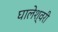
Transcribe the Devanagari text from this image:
घालेश्वरी